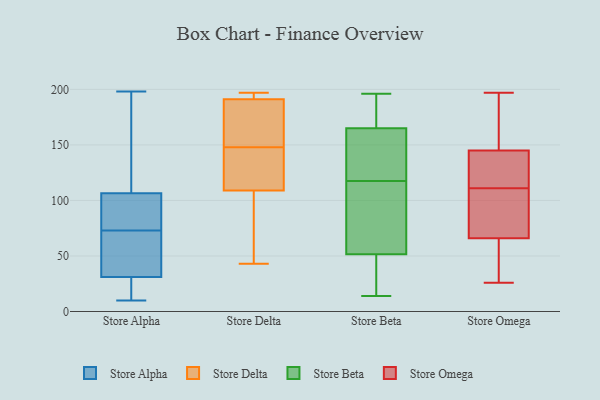
{"axis": {"x": "Gross Profit (USD K)", "y": "Value"}, "legend": ["Store Alpha", "Store Beta", "Store Delta", "Store Omega"], "data": [{"x": "", "y": 91, "type": "Store Alpha"}, {"x": "", "y": 99, "type": "Store Alpha"}, {"x": "", "y": 25, "type": "Store Alpha"}, {"x": "", "y": 10, "type": "Store Alpha"}, {"x": "", "y": 59, "type": "Store Alpha"}, {"x": "", "y": 30, "type": "Store Alpha"}, {"x": "", "y": 198, "type": "Store Alpha"}, {"x": "", "y": 122, "type": "Store Alpha"}, {"x": "", "y": 109, "type": "Store Alpha"}, {"x": "", "y": 34, "type": "Store Alpha"}, {"x": "", "y": 73, "type": "Store Alpha"}, {"x": "", "y": 148, "type": "Store Delta"}, {"x": "", "y": 148, "type": "Store Delta"}, {"x": "", "y": 191, "type": "Store Delta"}, {"x": "", "y": 109, "type": "Store Delta"}, {"x": "", "y": 177, "type": "Store Delta"}, {"x": "", "y": 190, "type": "Store Delta"}, {"x": "", "y": 61, "type": "Store Delta"}, {"x": "", "y": 191, "type": "Store Delta"}, {"x": "", "y": 193, "type": "Store Delta"}, {"x": "", "y": 143, "type": "Store Delta"}, {"x": "", "y": 109, "type": "Store Delta"}, {"x": "", "y": 58, "type": "Store Delta"}, {"x": "", "y": 43, "type": "Store Delta"}, {"x": "", "y": 197, "type": "Store Delta"}, {"x": "", "y": 18, "type": "Store Beta"}, {"x": "", "y": 125, "type": "Store Beta"}, {"x": "", "y": 131, "type": "Store Beta"}, {"x": "", "y": 188, "type": "Store Beta"}, {"x": "", "y": 194, "type": "Store Beta"}, {"x": "", "y": 26, "type": "Store Beta"}, {"x": "", "y": 196, "type": "Store Beta"}, {"x": "", "y": 143, "type": "Store Beta"}, {"x": "", "y": 192, "type": "Store Beta"}, {"x": "", "y": 87, "type": "Store Beta"}, {"x": "", "y": 167, "type": "Store Beta"}, {"x": "", "y": 110, "type": "Store Beta"}, {"x": "", "y": 163, "type": "Store Beta"}, {"x": "", "y": 80, "type": "Store Beta"}, {"x": "", "y": 26, "type": "Store Beta"}, {"x": "", "y": 16, "type": "Store Beta"}, {"x": "", "y": 147, "type": "Store Beta"}, {"x": "", "y": 77, "type": "Store Beta"}, {"x": "", "y": 14, "type": "Store Beta"}, {"x": "", "y": 105, "type": "Store Beta"}, {"x": "", "y": 111, "type": "Store Omega"}, {"x": "", "y": 105, "type": "Store Omega"}, {"x": "", "y": 90, "type": "Store Omega"}, {"x": "", "y": 101, "type": "Store Omega"}, {"x": "", "y": 148, "type": "Store Omega"}, {"x": "", "y": 152, "type": "Store Omega"}, {"x": "", "y": 144, "type": "Store Omega"}, {"x": "", "y": 157, "type": "Store Omega"}, {"x": "", "y": 69, "type": "Store Omega"}, {"x": "", "y": 32, "type": "Store Omega"}, {"x": "", "y": 138, "type": "Store Omega"}, {"x": "", "y": 26, "type": "Store Omega"}, {"x": "", "y": 197, "type": "Store Omega"}, {"x": "", "y": 57, "type": "Store Omega"}, {"x": "", "y": 127, "type": "Store Omega"}, {"x": "", "y": 36, "type": "Store Omega"}, {"x": "", "y": 127, "type": "Store Omega"}]}